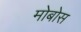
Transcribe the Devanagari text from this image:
मोबोस